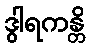
ဒွါရကန္တိ